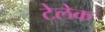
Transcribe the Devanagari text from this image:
टेलेक